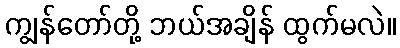
ကျွန်တော်တို့ ဘယ်အချိန် ထွက်မလဲ။